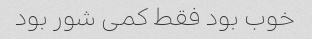
خوب بود فقط کمی شور بود